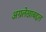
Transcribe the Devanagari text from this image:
अग्रलेखाबद्दल